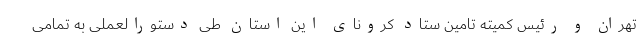
تهران و رئیس کمیته تامین ستاد کرونای این استان طی دستورالعملی به تمامی